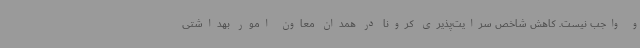
و واجب نیست. کاهش شاخص سرایت‌پذیری کرونا در همدان معاون امور بهداشتی